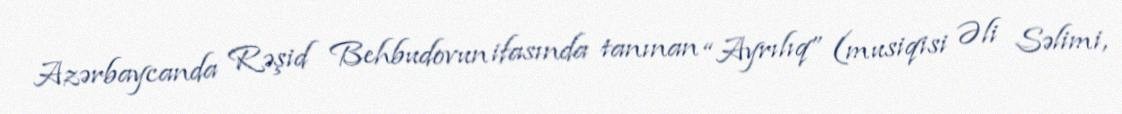
Azərbaycanda Rəşid Behbudovun ifasında tanınan “Ayrılıq” (musiqisi Əli Səlimi,